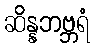
ဆိန္နဘဗ္ဘရံ